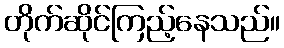
တိုက်ဆိုင်ကြည့်နေသည်။